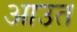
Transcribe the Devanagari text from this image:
आउत